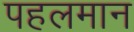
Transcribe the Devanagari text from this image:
पहलमान